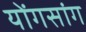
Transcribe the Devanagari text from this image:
योंगसांग